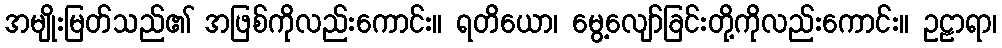
အမျိုးမြတ်သည်၏ အဖြစ်ကိုလည်းကောင်း။ ရတိယော၊ မွေ့လျော်ခြင်းတို့ကိုလည်းကောင်း။ ဥဠာရာ၊